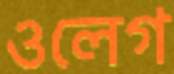
ওলেগ